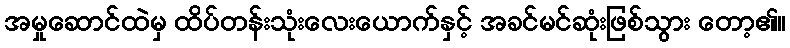
အမှုဆောင်ထဲမှ ထိပ်တန်းသုံးလေးယောက်နှင့် အခင်မင်ဆုံးဖြစ်သွား တော့၏။